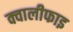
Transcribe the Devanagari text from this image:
क्वालीफाइ